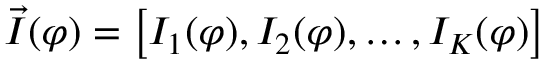
\vec { I } ( \varphi ) = \left[ I _ { 1 } ( \varphi ) , I _ { 2 } ( \varphi ) , \dots , I _ { K } ( \varphi ) \right]